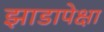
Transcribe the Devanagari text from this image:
झाडापेक्षा